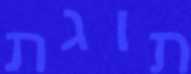
תוגת